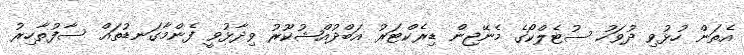
އެތަން ހުޅުވި ދުވަހު ސުޓެލްކޯގެ މެނޭޖިން ޑިރެކްޓަރު އަބްދުއްޝުކޫރު ވިދާޅުވީ ފެންމާގަނޑުތައް ސާފުތާހިރު